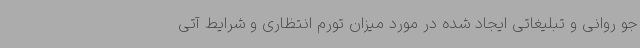
جو روانی و تبلیغاتی ایجاد شده در مورد میزان تورم انتظاری و شرایط آتی